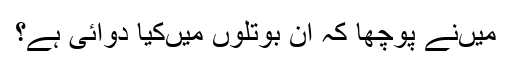
میں‌نے پوچھا کہ ان بوتلوں میں‌کیا دوائی ہےِ؟